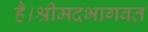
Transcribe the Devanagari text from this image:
है।श्रीमदभागवत